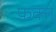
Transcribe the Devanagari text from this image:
फ़क्‍त